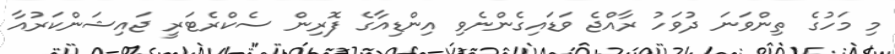
މި މަހުގެ ތިންވަނަ ދުވަހު ރާއްޖެ ވަޑައިގެންނެވި އިންޑިއާގެ ފޮރިން ސެކްރެޓަރީ ޖައިޝަންކަރުއާ